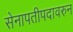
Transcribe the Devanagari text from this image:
सेनापतीपदावरुन